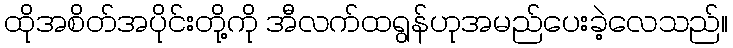
ထိုအစိတ်အပိုင်းတို့ကို အီလက်ထရွန်ဟုအမည်ပေးခဲ့လေသည်။